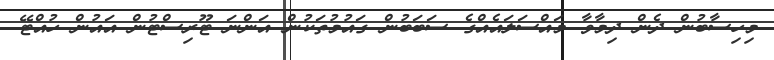
މިހިސާބުން ދެން ދިމާވާ މައްސަލައެއްގެ ސަބަބުން ގައުމުތަކުން އަންނަ ޓޫރިސްޓުން އައުން ހުއްޓޭ